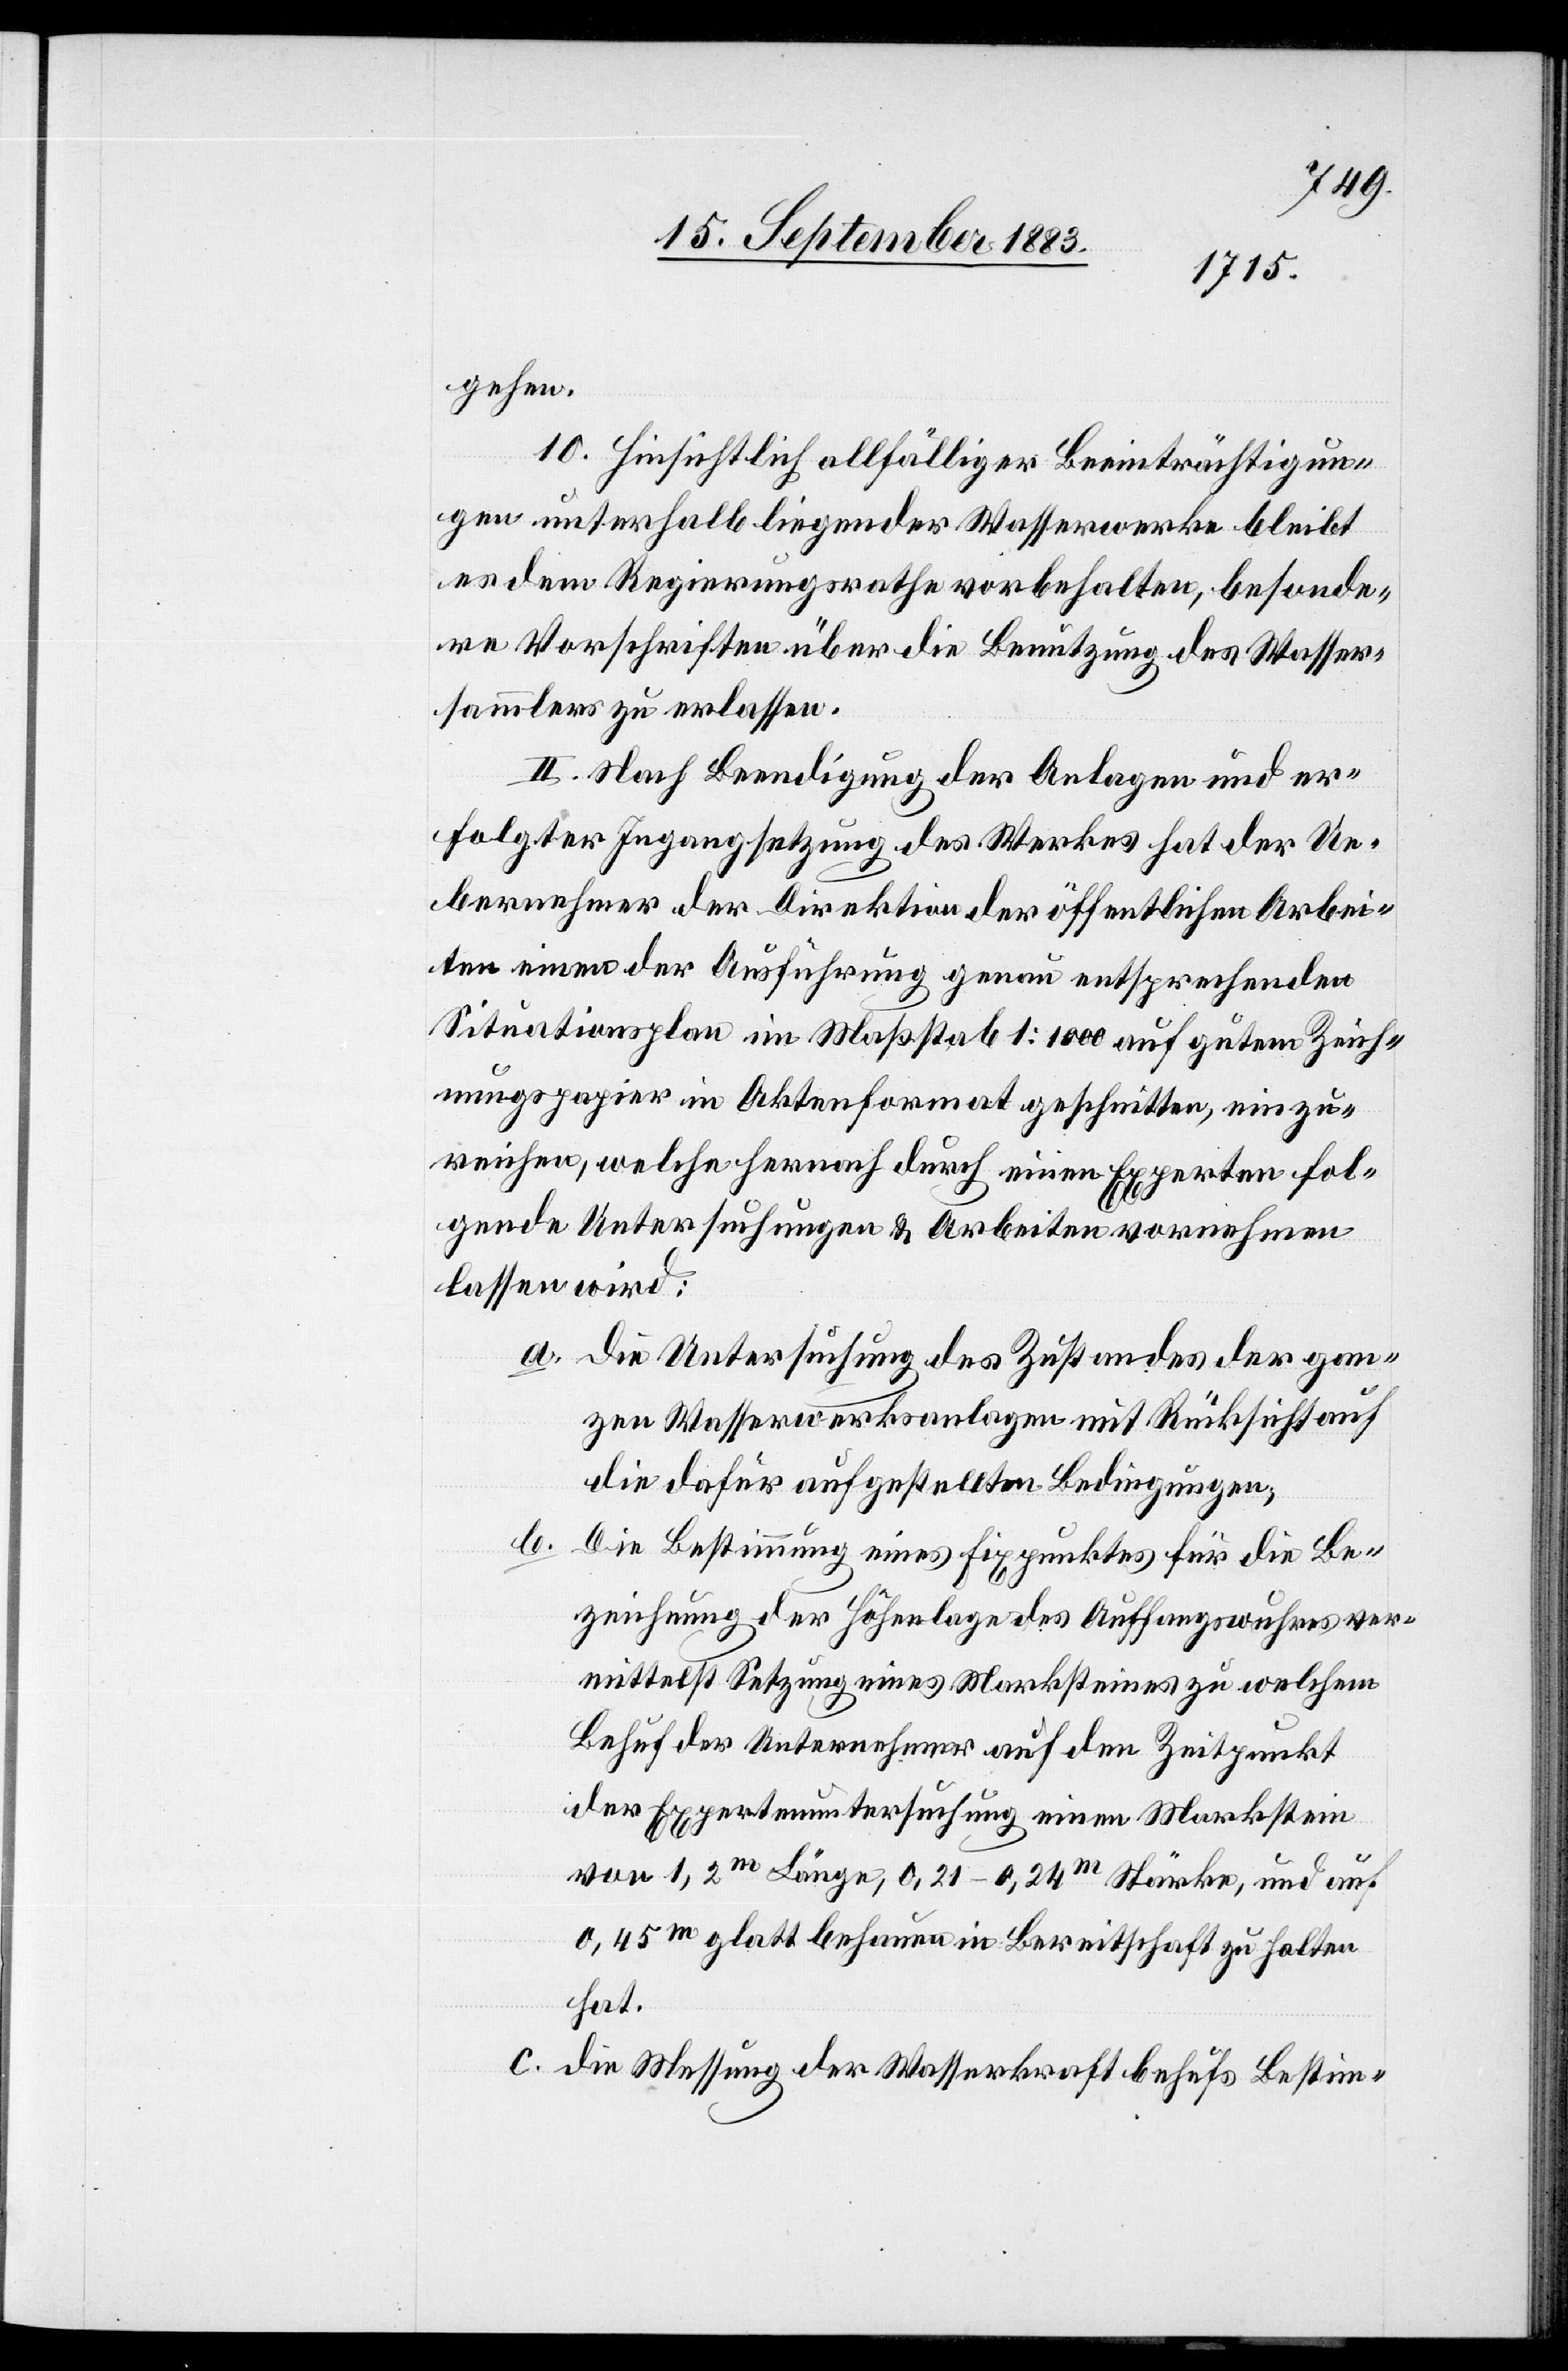
gehen.
10. Hinsichtlich allfälliger Beeinträchtigun¬
gen unterhalb liegender Wasserwerke bleibt
es dem Regierungsrathe vorbehalten, besonde¬
re Vorschriften über die Benutzung des Wasser¬
sammlers zu erlassen.
II. Nach Beendigung der Anlagen und er¬
folgter Ingangsetzung des Werkes hat der Ue¬
bernehmer der Direktion der öffentlichen Arbei¬
ten einen der Ausführung genau entsprechenden
Situationsplan im Maßstab 1:1000 auf gutem Zeich¬
nungspapier in Aktenformat geschnitten, einzu¬
reichen, welche hernach durch einen Experten fol¬
gende Untersuchungen & Arbeiten vornehmen
lassen wird:
a. Die Untersuchung des Zustandes der gan¬
zen Wasserwerksanlage mit Rücksicht auf
die dafür aufgestellten Bedingungen;
b.
Die Bestimmung eines Fixpunktes für die Be¬
zeichnung der Höhenlage des Auffangswuhres ver¬
mittelst Setzung eines Marksteines zu welchem
Behuf der Unternehmer auf den Zeitpunkt
der Expertenuntersuchung einen Markstein
von 1,2m Länge, 0,21–024m Stärke, und auf
0,45m glatt behauen in Bereitschaft zu halten
hat.
c. Die Messung der Wasserkraft behufs Bestim-